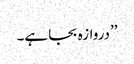
’’دروازہ بجا ہے۔